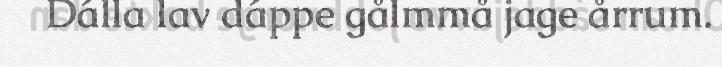
Dálla lav dáppe gålmmå jage årrum.